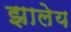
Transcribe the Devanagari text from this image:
झालेय